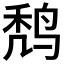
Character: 𪉍